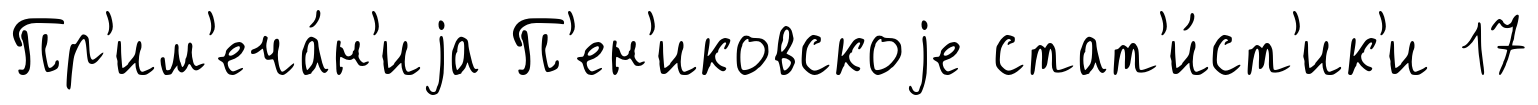
Пр'им'еча́н'иjа П'ен'иковскоjе стат'и́ст'ик'и 17